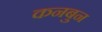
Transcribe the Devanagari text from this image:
कनबुन